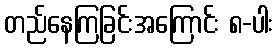
တည်နေကြခြင်းအကြောင်း ၈-ပါး